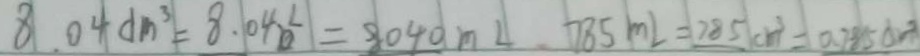
8 . 0 4 d m ^ { 3 } = 8 . 0 4 m L = 8 0 4 0 m L 7 8 5 m L = 7 8 5 c m ^ { 3 } = 0 . 7 8 5 d m ^ { 3 }